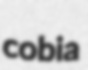
cobia